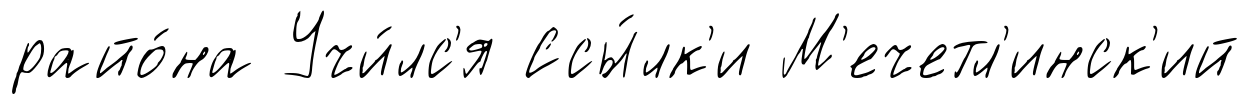
райо́на Учи́лс'я Ссы́лк'и М'ечетл'инск'ий